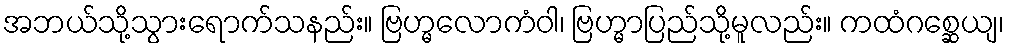
အဘယ်သို့သွားရောက်သနည်း။ ဗြဟ္မလောကံဝါ၊ ဗြဟ္မာပြည်သို့မူလည်း။ ကထံဂစ္ဆေယျ၊